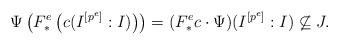
LaTeX: \begin{align*}\Psi\left(F_*^e\left( c(I^{[p^e]}:I)\right)\right) = (F_*^ec \cdot \Psi)(I^{[p^e]}:I)\not\subseteq J.\end{align*}